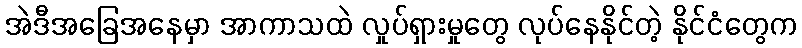
အဲဒီအခြေအနေမှာ အာကာသထဲ လှုပ်ရှားမှုတွေ လုပ်နေနိုင်တဲ့ နိုင်ငံတွေက